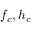
f _ { c } , h _ { c }